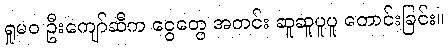
ရှုမဝ ဦးကျော်ဆီက ငွေတွေ အတင်း ဆူဆူပူပူ တောင်းခြင်း။